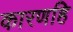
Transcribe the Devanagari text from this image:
कारणहि